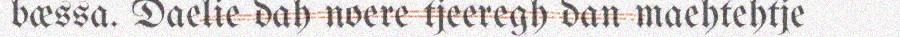
bæssa. Daelie dah noere tjeeregh dan maehtehtje